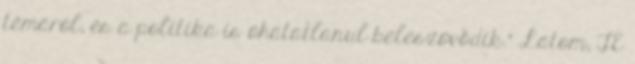
témáról, és a politika is óhatatlanul beleszövődik." Látom, TE